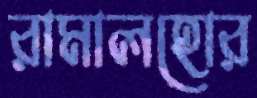
রামালহোর